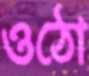
ওঠো